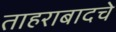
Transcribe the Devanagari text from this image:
ताहराबादचे